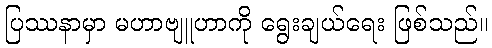
ပြဿနာမှာ မဟာဗျူဟာကို ရွေးချယ်ရေး ဖြစ်သည်။